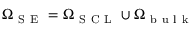
\Omega _ { \mathrm { ~ S ~ E ~ } } = \Omega _ { \mathrm { ~ S ~ C ~ L ~ } } \cup \Omega _ { \mathrm { ~ b ~ u ~ l ~ k ~ } }